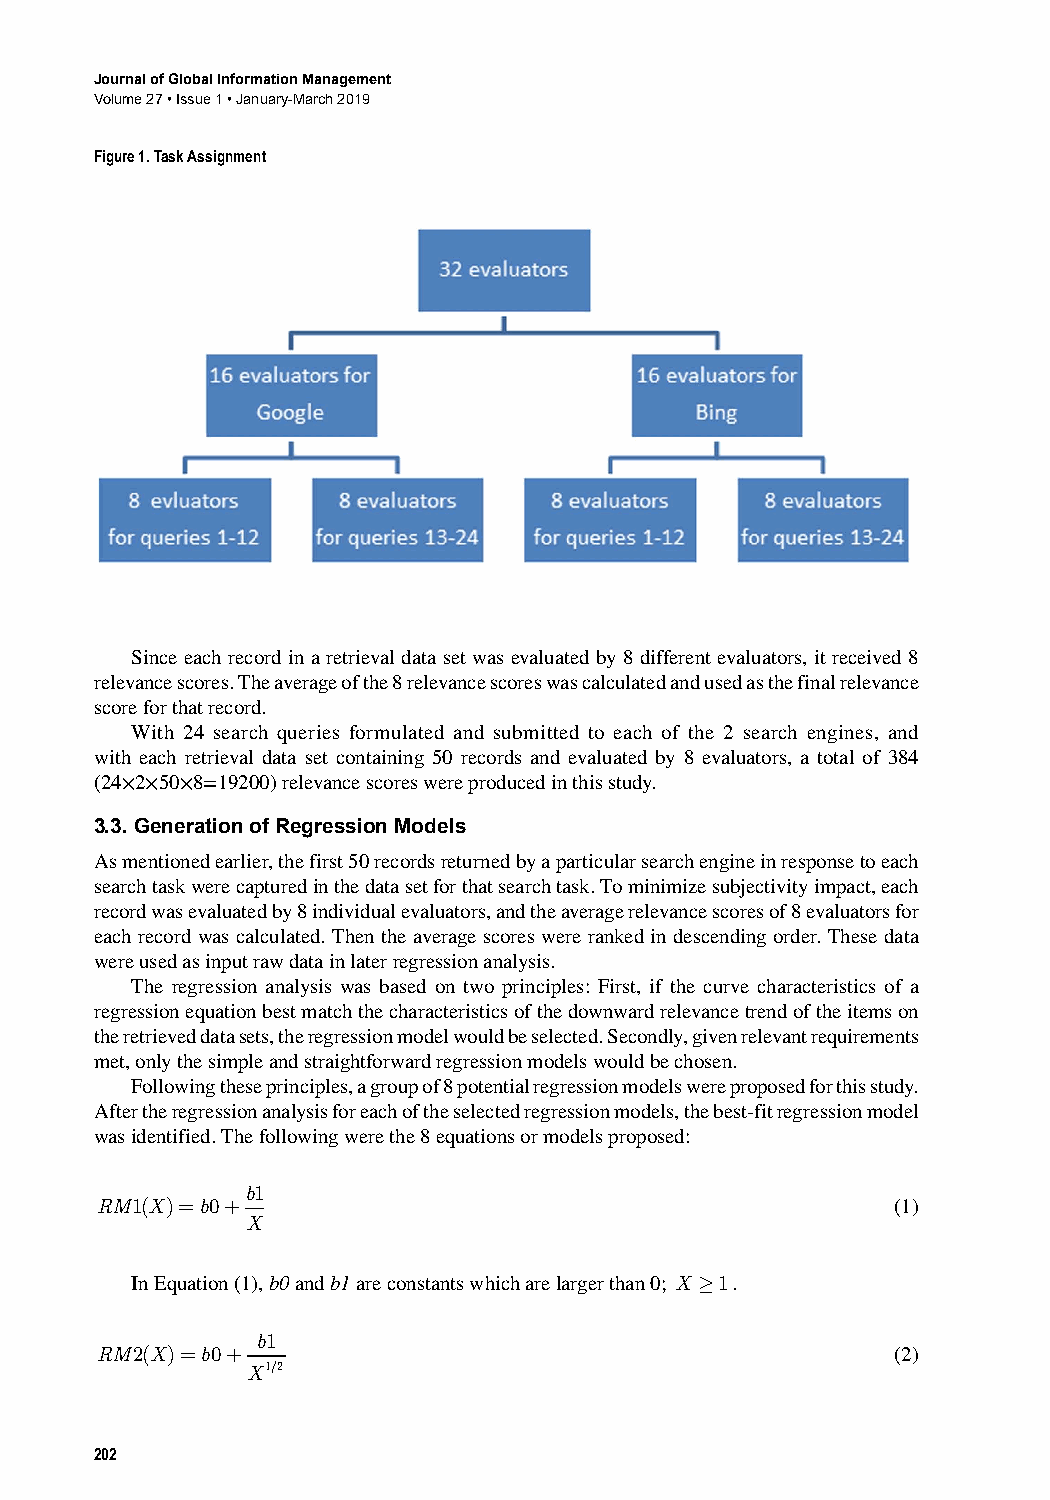
Journal of Global Information Management
 Volume 27 • Issue 1 • January-March 2019
 Figure 1. Task Assignment
 Since﻿each﻿record﻿in﻿a﻿retrieval﻿data﻿set﻿was﻿evaluated﻿by﻿8﻿different﻿evaluators,﻿it﻿received﻿8﻿
 relevance﻿scores.﻿The﻿average﻿of﻿the﻿8﻿relevance﻿scores﻿was﻿calculated﻿and﻿used﻿as﻿the﻿final﻿relevance﻿
 score﻿for﻿that﻿record.
 With﻿24﻿search﻿queries﻿formulated﻿and﻿submitted﻿to﻿each﻿of﻿the﻿2﻿search﻿engines,﻿and﻿
 with﻿each﻿retrieval﻿data﻿set﻿containing﻿50﻿records﻿and﻿evaluated﻿by﻿8﻿evaluators,﻿a﻿total﻿of﻿384﻿
 (24×2×50×8=19200)﻿relevance﻿scores﻿were﻿produced﻿in﻿this﻿study.
 3.3. Generation of Regression Models
 As﻿mentioned﻿earlier,﻿the﻿first﻿50﻿records﻿returned﻿by﻿a﻿particular﻿search﻿engine﻿in﻿response﻿to﻿each﻿
 search﻿task﻿were﻿captured﻿in﻿the﻿data﻿set﻿for﻿that﻿search﻿task.﻿To﻿minimize﻿subjectivity﻿impact,﻿each﻿
 record﻿was﻿evaluated﻿by﻿8﻿individual﻿evaluators,﻿and﻿the﻿average﻿relevance﻿scores﻿of﻿8﻿evaluators﻿for﻿
 each﻿record﻿was﻿calculated.﻿Then﻿the﻿average﻿scores﻿were﻿ranked﻿in﻿descending﻿order.﻿These﻿data﻿
 were﻿used﻿as﻿input﻿raw﻿data﻿in﻿later﻿regression﻿analysis.
 The﻿regression﻿analysis﻿was﻿based﻿on﻿two﻿principles:﻿First,﻿if﻿the﻿curve﻿characteristics﻿of﻿a﻿
 regression﻿equation﻿best﻿match﻿the﻿characteristics﻿of﻿the﻿downward﻿relevance﻿trend﻿of﻿the﻿items﻿on﻿
 the﻿retrieved﻿data﻿sets,﻿the﻿regression﻿model﻿would﻿be﻿selected.﻿Secondly,﻿given﻿relevant﻿requirements﻿
 met,﻿only﻿the﻿simple﻿and﻿straightforward﻿regression﻿models﻿would﻿be﻿chosen.
 Following﻿these﻿principles,﻿a﻿group﻿of﻿8﻿potential﻿regression﻿models﻿were﻿proposed﻿for﻿this﻿study.﻿
 After﻿the﻿regression﻿analysis﻿for﻿each﻿of﻿the﻿selected﻿regression﻿models,﻿the﻿best-fit﻿regression﻿model﻿
 was﻿identified.﻿The﻿following﻿were﻿the﻿8﻿equations﻿or﻿models﻿proposed:
 b1
 RM1(X)=b0+  ﻿                                        (1)
 X
 In﻿Equation﻿(1),﻿b0﻿and﻿b1﻿are﻿constants﻿which﻿are﻿larger﻿than﻿0;﻿X ≥1.
 b1
 RM2(X)=b0+   ﻿                                       (2)
 X1/2
 202